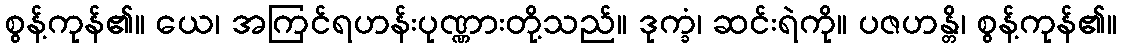
စွန့်ကုန်၏။ ယေ၊ အကြင်ရဟန်းပုဏ္ဏားတို့သည်။ ဒုက္ခံ၊ ဆင်းရဲကို။ ပဇဟန္တိ၊ စွန့်ကုန်၏။